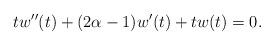
LaTeX: \begin{align*}tw''(t)+(2\alpha - 1)w'(t)+tw(t)=0.\end{align*}